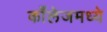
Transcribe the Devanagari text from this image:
काँलेजमध्ये